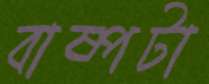
বাষ্পটা